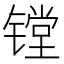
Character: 镗